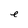
Character: e